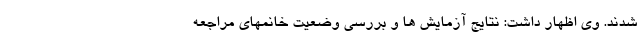
شدند. وی اظهار داشت: نتایج آزمایش ها و بررسی وضعیت خانمهای مراجعه